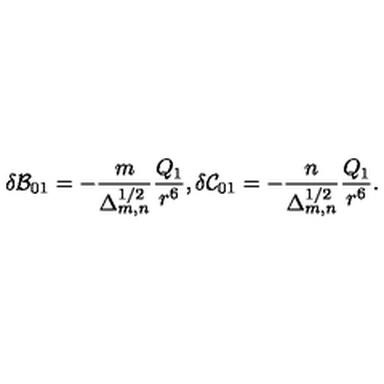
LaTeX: \delta { \cal B } _ { 0 1 } = - \frac { m } { \Delta _ { m , n } ^ { 1 / 2 } } \frac { Q _ { 1 } } { r ^ { 6 } } , \delta { \cal C } _ { 0 1 } = - \frac { n } { \Delta _ { m , n } ^ { 1 / 2 } } \frac { Q _ { 1 } } { r ^ { 6 } } .